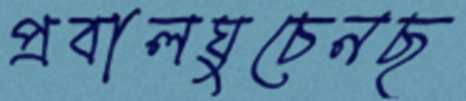
প্রবালঘুচেনছ